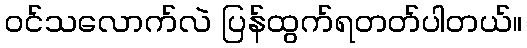
ဝင်သလောက်လဲ ပြန်ထွက်ရတတ်ပါတယ်။